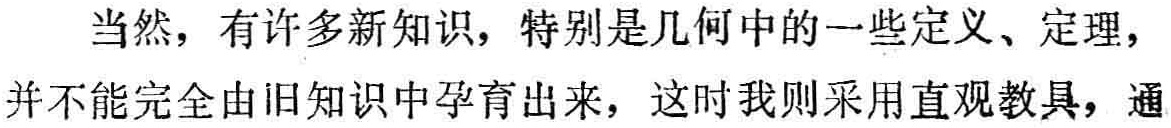
当然，有许多新知识，特别是几何中的一些定义、定理，并不能完全由旧知识中孕育出来，这时我则采用直观教具，通